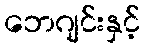
ဘေဂျင်းနှင့်